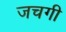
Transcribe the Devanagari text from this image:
जचगी